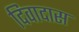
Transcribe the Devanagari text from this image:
दिवादास